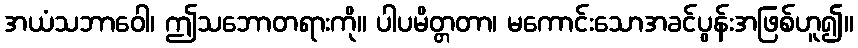
အယံသဘာဝေါ၊ ဤသဘောတရားကို။ ပါပမိတ္တတာ၊ မကောင်းသောအခင်ပွန်းအဖြစ်ဟူ၍။